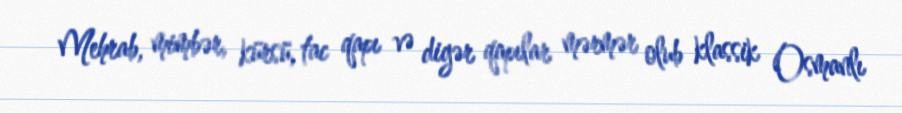
Mehrab, mimbər, kürsü, tac qapı və digər qapılar mərmər olub klassik Osmanlı